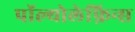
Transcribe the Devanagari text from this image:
पॉल्योलेफ़िन्स